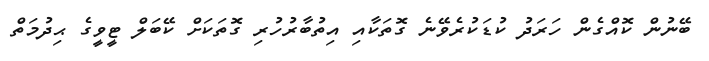
ބޭނުން ކޮއްގެން ހަރަދު ކުޑަކުރެވޭނެ ގޮތަކާއި އިތުބާރުހުރި ގޮތަކަށް ކޭބަލް ޓީވީގެ ޙިދުމަތް